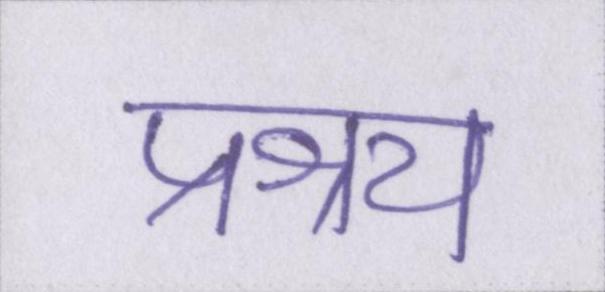
प्रश्रय